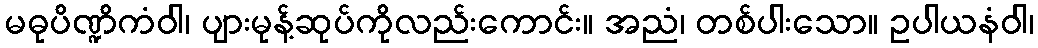
မဓုပိဏ္ဍိကံဝါ၊ ပျားမုန့်ဆုပ်ကိုလည်းကောင်း။ အညံ၊ တစ်ပါးသော။ ဥပါယနံဝါ၊